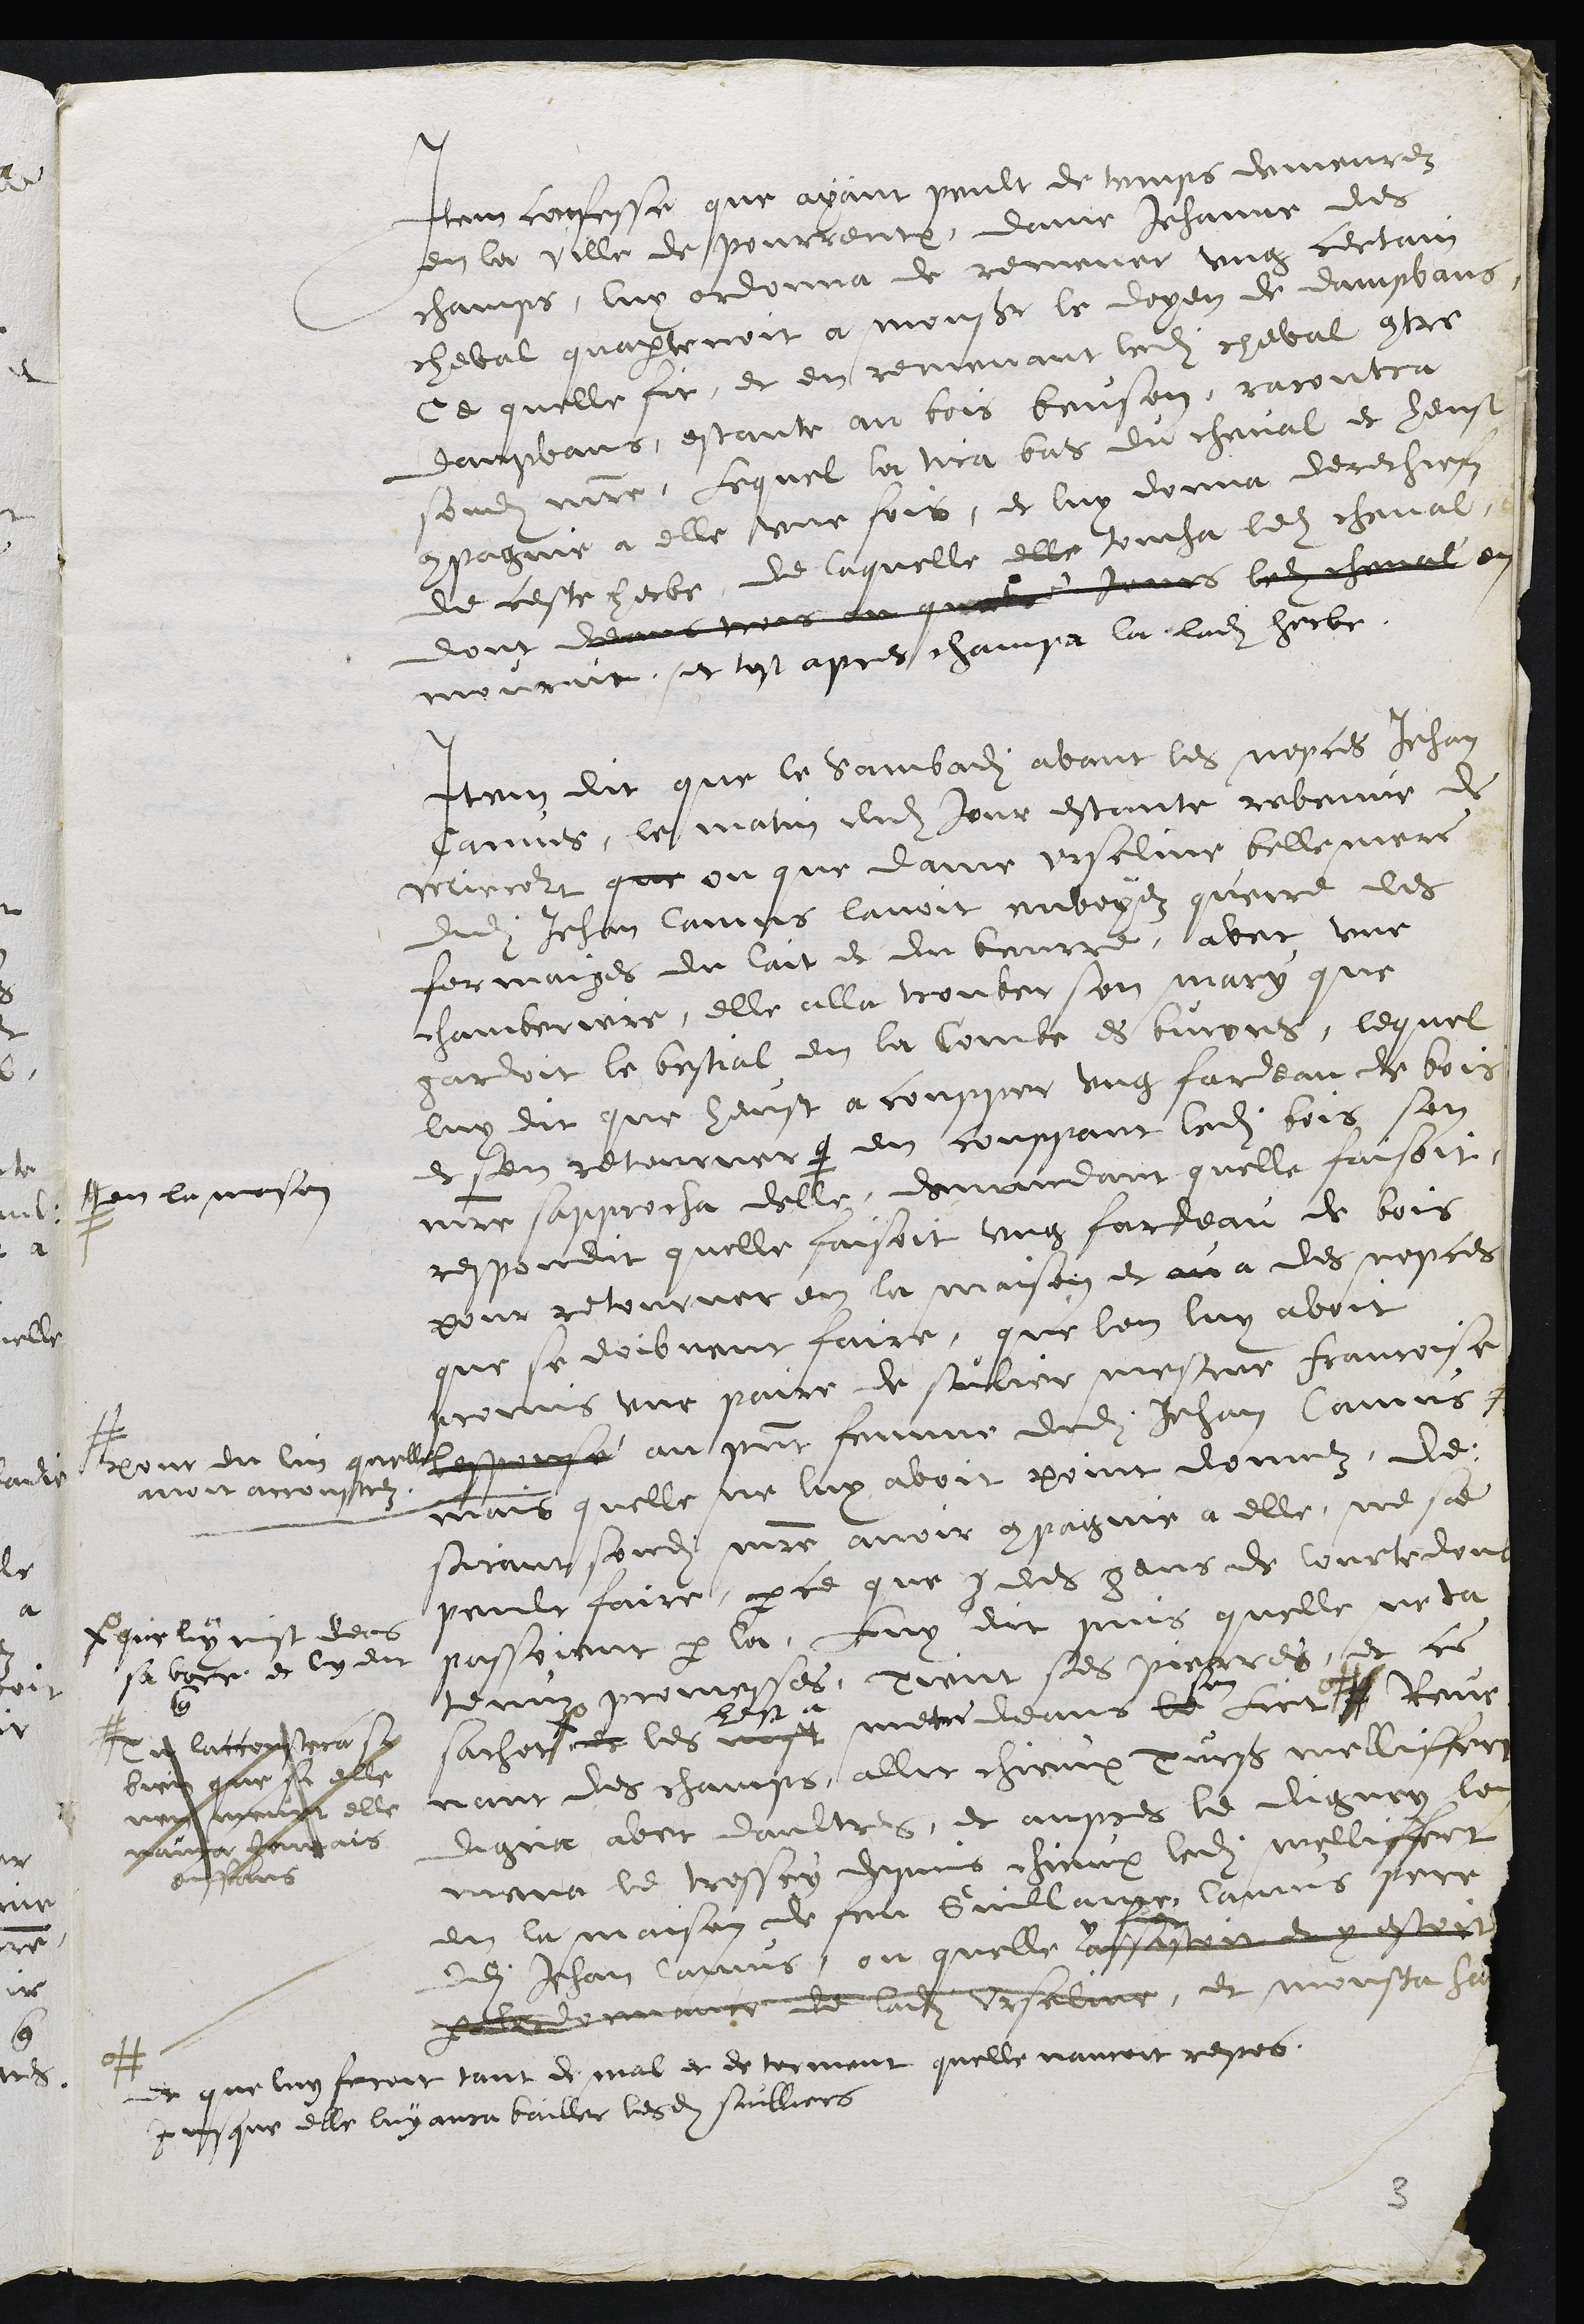
Item confesse que ayant peult de temps demeuréz
en la ville de pourceulx, donne Jehanne des
champs, luy ordonna de remener ung certain
cheval quartenoit a monsieur le doyen de dampvans,
ce quelle fit, et en revenant ledit cheval entre
dautans, estant au bois beuson, racontra
sondit mere, lequel lon tra bis, du cheval et heust
compagnie à elle une fois, et luy donna derechiefz
de beste herbe, de laquelle elle toucha ledit mal,
dont deans mous ou quatre Jours ladite cheval en
mouruit, et tost apres champa la ladite herbe,
Item dit que le sambadite avant les nopces Jehan
Jaines, les matin dudit jour estante revenne de
recort que ou que dame Urseline belle mere
dudit Jehan Camus lavoit envoyez querre des
fermaiges du lait et du beurre, lavet une
chamberiere, elle alla trouver son mary que
gardoit le bestial en la Courbe es bois, lequel
luy dit que heust a coupper ung fardeau de bois
et sen retourner #
# en la maison
en couppant ledit fois son
maitre sapprocha delle, demandant quelle faisoit,
respondit quelle faisoit ung fardeau de bois
pour retourner en la maison et au a des nopces
que se doibvent faire, que lon luy avoit
promis une paire de sulier mesme francoise
quelles pose au present femme dudit Jehan Camis #
#
jour du luy
avoit accoustuz
mais quelle ne luy avoit point donnez, de
sarant sondit maistre avoir compagnie a elle, ne se
peult faire, parce que y des gens de lourte dont
passoient par la, luy dit puis quelle ne ta
# que luy et des
tenuz promesses, pient ses pierres, et ce
6
sa vone et luy dit
cest à
sacher et les vost mere deans
lui
sacher et les vost mere deans le lict Reu
# et lacconsera
vant des champs, allit chieux purs meliffert
dire que a elle
digna avec daultres, et aupres le dignoy le
en elle
mena le tressey dains chieux ladite mellicte
raite Jehans
en la maison de feu Guillaige, Camus pour
enffans
dudit Jehan lamis, ou quelle assestoit et estoit
pardonnance de ladite Urseline, et monsieu sur
et que luy feroit tant de mal et de terment quelle nauroit repos,
Pasque elle luy aura bailler les et suilliers
3